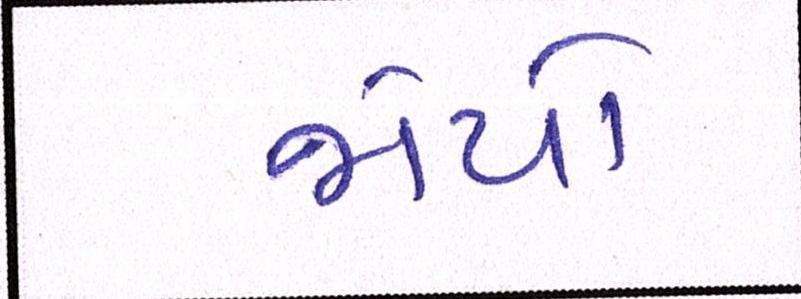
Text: જોયો